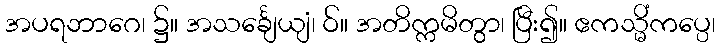
အပရဘာဂေ၊ ၌။ အသင်္ချေယျံ၊ ဝ်။ အတိက္ကမိတွာ၊ ပြီး၍။ ဧကသ္မိံကပ္ပေ၊